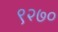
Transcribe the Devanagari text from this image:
९२७०